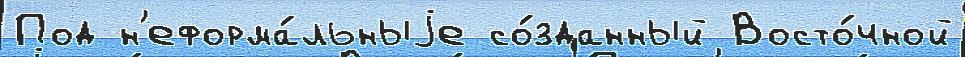
Под н'еформа́льныjе со́зданный Восто́чной